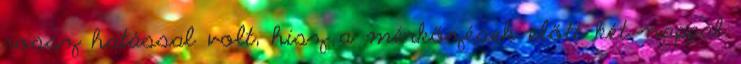
rossz hatással volt, hisz a mérkőzések előtt két nappal